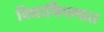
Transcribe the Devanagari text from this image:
विद्यार्थिपणात